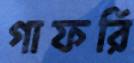
গাফরি